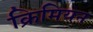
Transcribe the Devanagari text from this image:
क्रिमियन